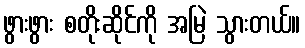
ဖွားဖွား စတိုးဆိုင်ကို အမြဲ သွားတယ်။